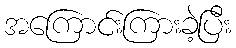
အကြောင်းကြားခဲ့ပြီး